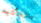
بالتأكيد